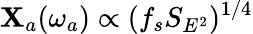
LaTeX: \mathbf{X}_{a}(\omega_{a})\propto(f_{s}S_{E^{2}})^{1/4}